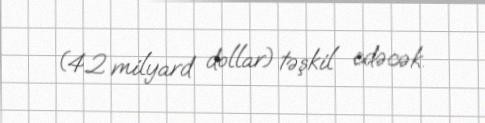
(4.2 milyard dollar) təşkil edəcək.